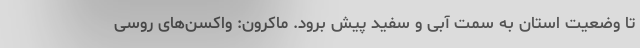
تا وضعیت استان به سمت آبی و سفید پیش برود. ماکرون: واکسن‌های روسی